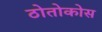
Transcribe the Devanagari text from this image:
ठोतोकोस